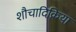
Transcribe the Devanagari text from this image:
शौचादिक्रिया